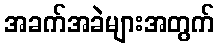
အခက်အခဲများအတွက်